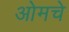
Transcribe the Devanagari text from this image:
ओमचे